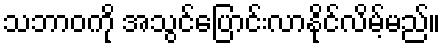
သဘာဝကို အသွင်ပြောင်းလာနိုင်လိမ့်မည်။